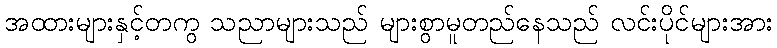
အထားများနှင့်တကွ သညာများသည် များစွာမူတည်နေသည် လင်းပိုင်များအား